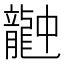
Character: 𪚚